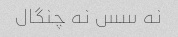
نه سس نه چنگال